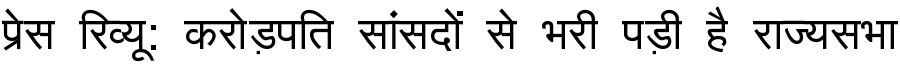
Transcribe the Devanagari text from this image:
प्रेस रिव्यू: करोड़पति सांसदों से भरी पड़ी है राज्यसभा